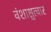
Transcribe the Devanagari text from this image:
वंशाश्चत्वार